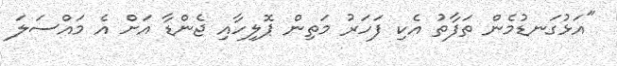
"އަޅުގަނޑުމެން ތަފާތު އެކި ފަހަރު މަތިން ޕޮލިހާއި ޖެންޑާ އަށް އެ މައްސަލަ